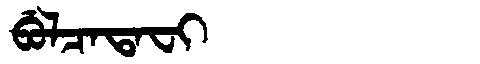
Manchu: ᠪᡠᠯᠴᠠᡨᠠᠸᡳ
Romanization: BULCATAFI